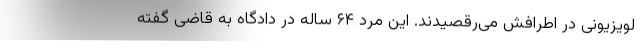
لویزیونی در اطرافش می‌رقصیدند. این مرد ۶۴ ساله در دادگاه به قاضی گفته